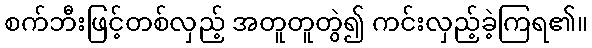
စက်ဘီးဖြင့်တစ်လှည့် အတူတူတွဲ၍ ကင်းလှည့်ခဲ့ကြရ၏။